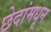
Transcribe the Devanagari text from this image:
छेदांमधून